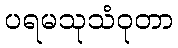
ပရမသုသံဝုတာ